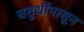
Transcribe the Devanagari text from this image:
चतुर्थीपासून